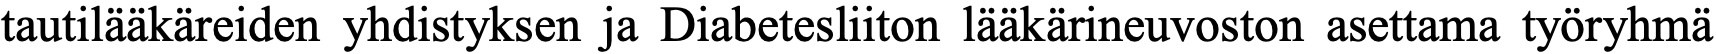
tautilääkäreiden yhdistyksen ja Diabetesliiton lääkärineuvoston asettama työryhmä